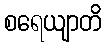
စရေယျာတိ